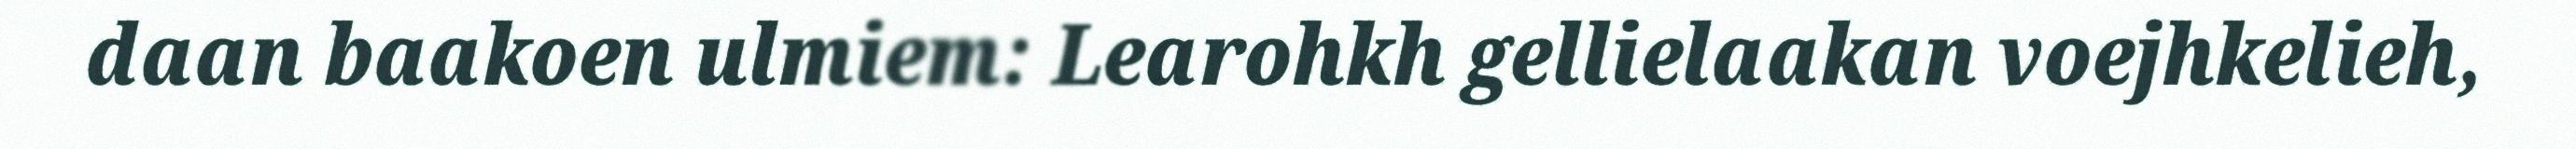
daan baakoen ulmiem: Learohkh gellielaakan voejhkelieh,